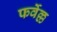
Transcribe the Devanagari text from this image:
फर्वेल्ल